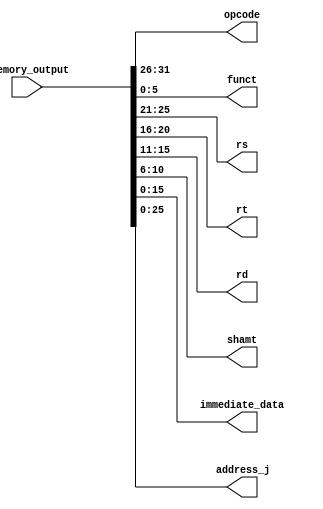
module address_preparation
(
	input [31:0] Mmemory_output,	//rom instruction content
	
	output [5:0] opcode, 
	output [5: 0]funct, 		//select the function
	output [4 : 0]rs,		 	//source 1
	output [4 : 0]rt,		 	//source 2
	output [4 : 0]rd,		  	//Destination: 15:11 bit (R type)
	output [4:0] shamt,			//Shamt field for R type instruction
	output [15:0] immediate_data, //immediate field for I instruction
	output [25:0] address_j		//address field for J instruction
);

/**************************************************
   31    26|25  21|20  16|15  11|10      6|5     0|
   ------------------------------------------------
R:	|opcode|  rs  |  rt  |  rd  |  shamt  | funct |
I:	|opcode|  rs  |  rt  |     immediate 		  |
J:	|opcode|			address					  |
 **************************************************/
assign opcode 	= Mmemory_output[31:26];	
assign rs 		= Mmemory_output[25:21];
assign rt 		= Mmemory_output[20:16];
assign rd 		= Mmemory_output[15:11];
assign shamt 	= Mmemory_output[10:6 ];
assign funct 	= Mmemory_output[ 5:0 ];
assign address_j= Mmemory_output[25:0 ];
assign immediate_data = Mmemory_output[15:0];




endmodule